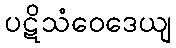
ပဋိသံဝေဒေယျ